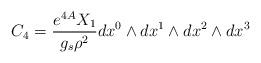
LaTeX: \begin{align*}C_4 = { e^{4A} X_1 \over g_s \rho^2} dx^0 \wedge dx^1 \wedge dx^2 \wedge dx^3\end{align*}